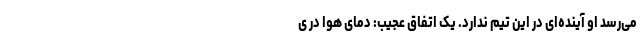
می‌رسد او آینده‌ای در این تیم ندارد. یک اتفاق عجیب: دمای هوا در ی